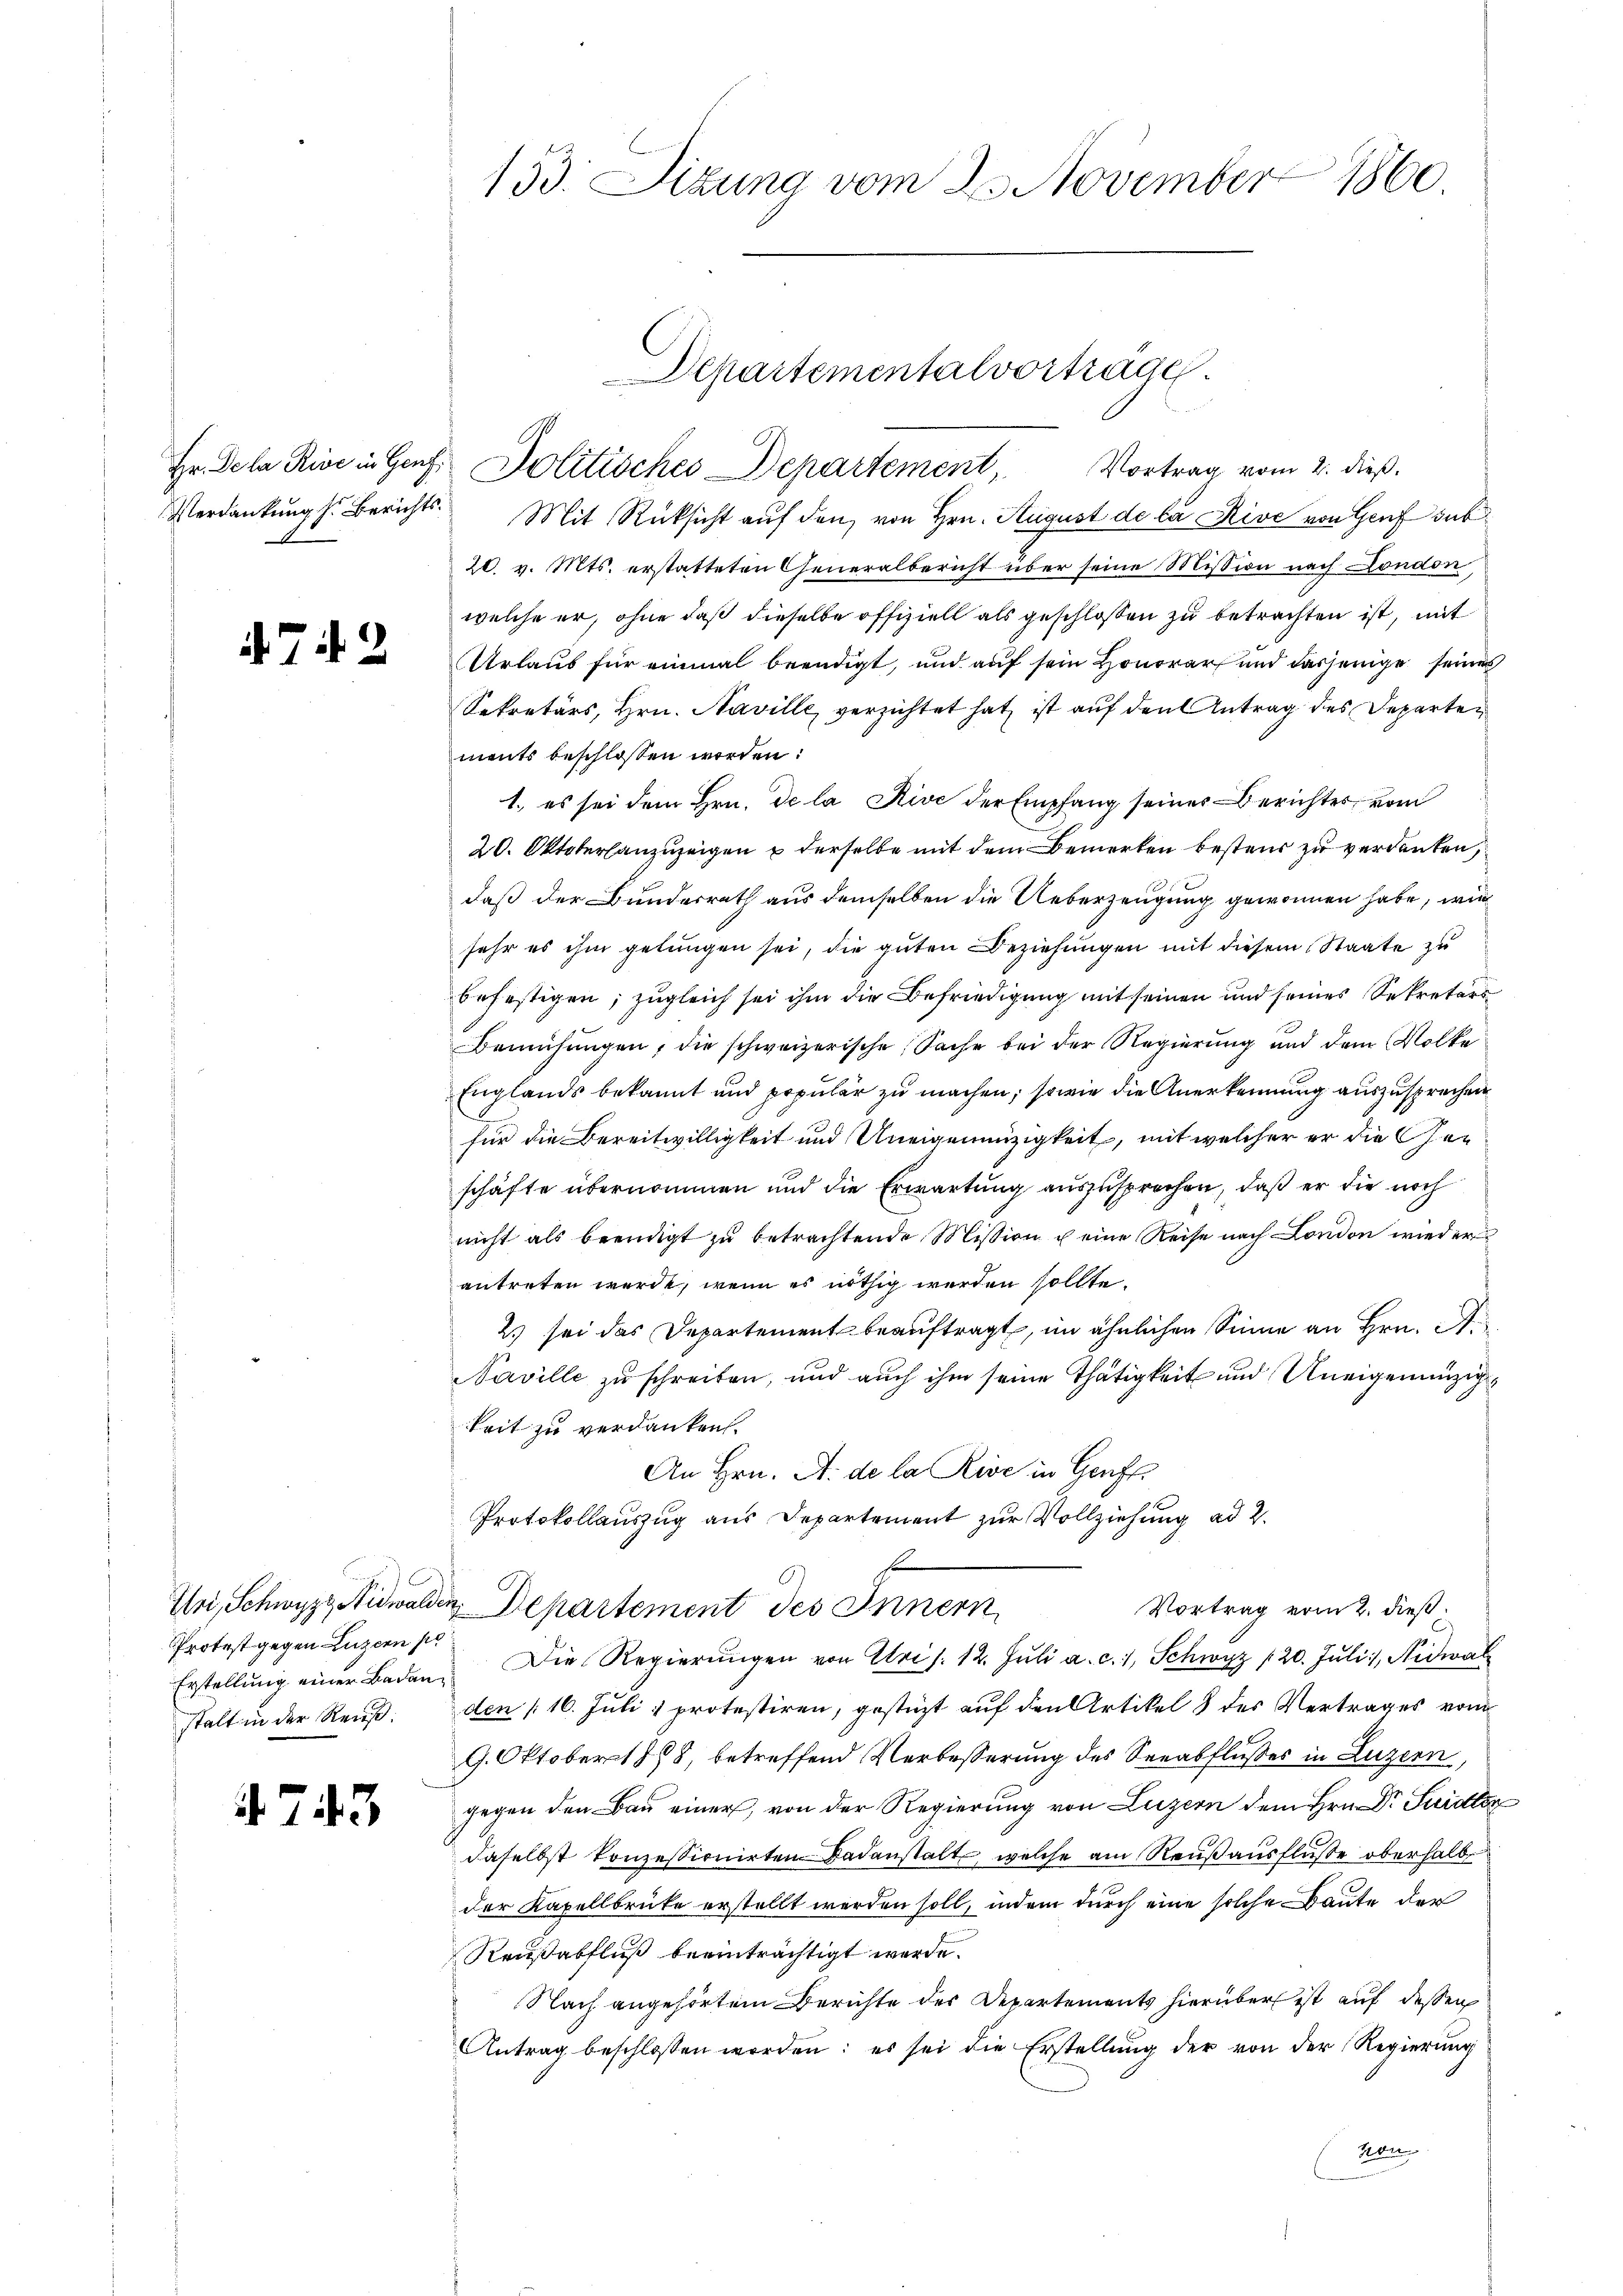
1743

2

Protest gegen Luzern se
stalt in der Reuß:

Verdankung s. Berichts. Mit Rücksicht aŭf den von Hrn. August de la Rive von Genf sub¬
20. v. Mts. erstatteten Generalbericht über seine Mission nach London,
welche er, ohne daß dieselbe offiziell als geschlossen zu betrachten ist, mit
Urlaub für einmal beendigt, und auf sein Honorar und dasjenige seines
Sekretärs, Hrn. Naville, verzichtet hat, ist auf den Antrag des Departen
ments beschlossen worden:
1. es sei dem Hrn. De la Rive der Empfang seines Berichter, vom
20. Oktoberlanzuzeigen u derselbe mit dem Bemerken besteur zu verdanken,
daß der Bundesrath aus demselben die Ueberzeugung gewonnen habe, wie
sehr es ihm gelungen sei, die guten Beziehungen mit diesem Staate zu
befestigen; zugleich sei ihm die Befriedigung mit seinen und seines Sekretärs
Bemühŭngen, die schweizerische Sache bei der Regierung und dem Volke
Englands bekannt und populär zu machen; sowie die Anerkennung auszusprechen
für die Bereitwilligkeit und Uneigenenzigkeit, mit welcher er die Geschäfte übernommen und die Erwartung auszusprechen, daß er die noch
nicht als beendigt zu betrachtende Mission u eine Reise nach London wieder
antreten werde, wenn es nöthig werden sollte.
2) sei das Departement beauftragt, im ähnlichen Sinne an Hrn. A.
Naville zu schreiben, und auch ihm seine Thätigkeit und Uneigenanzige
keit zu verdanken.
An Hrn. A. de la Rive in Genf
Protokollauszug aus Departement zur Vollziehung ad 2.
.
Uri, Schwyzz, Nidwalden Departement des Innern
Vortrag vom 2. dieß
i
Erstellŭng einer Baden. Die Regierŭngen von Uri /: 12. Jŭli a. c. 1, Schwyz (20. Jŭli, Nidwal
den (16. Juli 1 protestiren, gestützt auf den Artikel 8 des Vertrages von
9. Oktober 1888, betreffend Verbesserung des Seeabflußes in Luzern,
gegen den Bau einer, von der Regierung von Luzern dem Hrn. Dr Surdten
daselbst konzessionirten Badanstalt, welche am Reuß ausfluße oberhalb
der Kapellbrüke erstellt werden soll, indem durch eine solche Baute der
Reußabfluß beeinträchtigt werde.
Nach angehörtem Berichte des Departements hierüber ist auf dessen
Antrag beschlossen worden; es sei die Erstellung der von der Regierung
hon

153. Sitzung vom 23. November 1860.

Departementalvortrage.
Hr. Dela Rivi in Genf Politisches Departement, Vortrag vom 2. dieß.